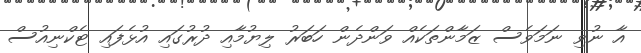
އާ ނުވި ނަމަވެސް ޒަމާންތަކެއް ވަންދެން ހަބަރު ލިޔުމާއި ދުރުގައި އުޅެފައި ޓެކްނިއުސް